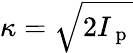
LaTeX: \kappa=\sqrt{2I_{\mathrm{~p~}}}